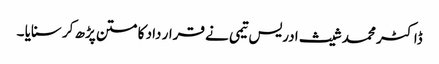
ڈاکٹر محمد شیث ادریس تیمی نے قرار داد کا متن پڑھ کر سنایا ۔